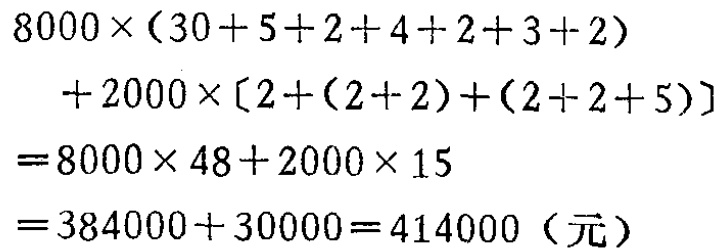
\[
\begin{align*}
&8000\times(30 + 5 + 2 + 4 + 2 + 3 + 2)\\
&+2000\times[2+(2 + 2)+(2 + 2 + 5)]\\
=&8000\times48+2000\times15\\
=&384000 + 30000=414000\ (\text{元})
\end{align*}
\]